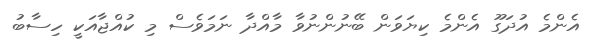
އެންމެ އުދަގޫ އެންމެ ކިޔަވަން ބޭނުންނުވާ މާއްދާ ނަމަވެސް މި ކުއްޖާއަކީ ހިސާބު